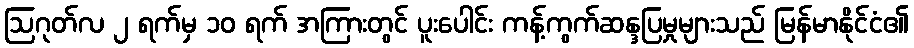
ဩဂုတ်လ ၂ ရက်မှ ၁၀ ရက် အကြားတွင် ပူးပေါင်း ကန့်ကွက်ဆန္ဒပြမှုများသည် မြန်မာနိုင်ငံ၏